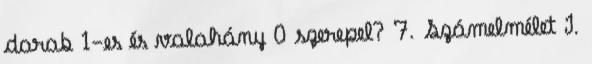
darab 1-es és valahány 0 szerepel? 7. Számelmélet I.